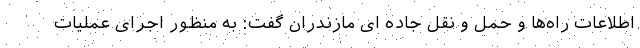
اطلاعات راه‌ها و حمل و نقل جاده ای مازندران گفت: به منظور اجرای عملیات